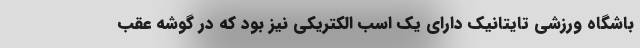
باشگاه ورزشی تایتانیک دارای یک اسب الکتریکی نیز بود که در گوشه عقب